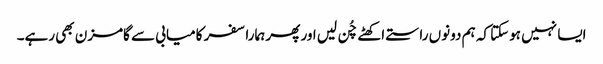
ایسا نہیں ہوسکتا کہ ہم دونوں راستے اکھٹے چُن لیں اور پھر ہمارا سفر کامیابی سے گامزن بھی رہے۔